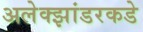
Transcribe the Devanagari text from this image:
अलेक्झांडरकडे